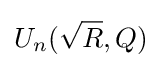
U_{n}({\sqrt {R}},Q)